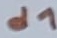
Text: d1